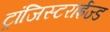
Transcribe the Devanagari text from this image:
ट्रांजिस्टराईज्ड